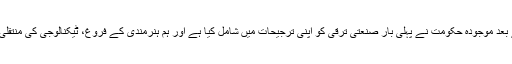
وزیراعظم نے کہا کہ 1960ء کے بعد موجودہ حکومت نے پہلی بار صنعتی ترقی کو اپنی ترجیحات میں شامل کیا ہے اور ہم ہنرمندی کے فروغ، ٹیکنالوجی کی منتقلی اور اقتصادی ترقی کے خواہاں ہیں۔